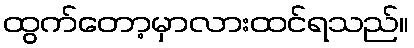
ထွက်တော့မှာလားထင်ရသည်။